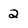
Character: 2